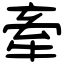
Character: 牽